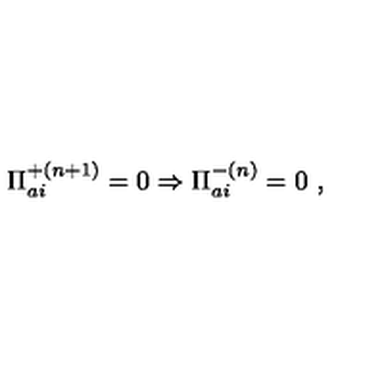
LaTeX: { \Pi } _ { a i } ^ { + ( n + 1 ) } = 0 \Rightarrow { \Pi } _ { a i } ^ { - ( n ) } = 0 \ ,